Proceedings of the meeting of veterinary officers in India
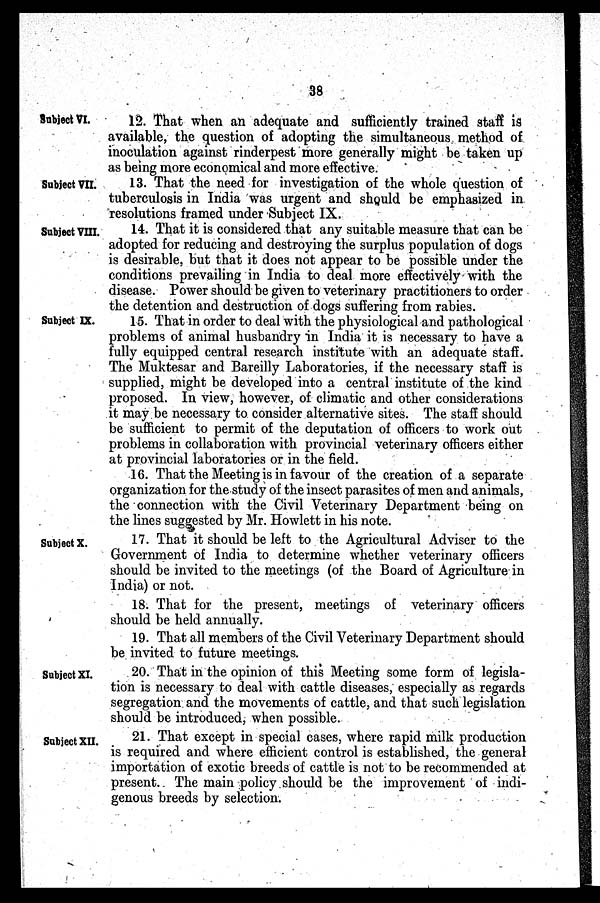
38
Subject VI.
12. That when an adequate and sufficiently trained staff is
available, the question of adopting the simultaneous method of
inoculation against rinderpest more generally might be taken up
as being more economical and more effective.
Subject VII.
13. That the need for investigation of the whole question of
tuberculosis in India was urgent and should be emphasized in
resolutions framed under Subject IX.
Subject VIII.
14. That it is considered that any suitable measure that can be
adopted for reducing and destroying the surplus population of dogs
is desirable, but that it does not appear to be possible under the
conditions prevailing in India to deal more effectively with the
disease. Power should be given to veterinary practitioners to order
the detention and destruction of dogs suffering from rabies.
Subject IX.
15. That in order to deal with the physiological and pathological
problems of animal husbandry in India it is necessary to have a
fully equipped central research institute with an adequate staff.
The Muktesar and Bareilly Laboratories, if the necessary staff is
supplied, might be developed into a central institute of the kind
proposed. In view, however, of climatic and other considerations
it may be necessary to consider alternative sites. The staff should
be sufficient to permit of the deputation of officers to work out
problems in collaboration with provincial veterinary officers either
at provincial laboratories or in the field.
16. That the Meeting is in favour of the creation of a separate
organization for the study of the insect parasites of men and animals,
the connection with the Civil Veterinary Department being on
the lines suggested by Mr. Howlett in his note.
Subject X.
17. That it should be left to the Agricultural Adviser to the
Government of India to determine whether veterinary officers
should be invited to the meetings (of the Board of Agriculture in
India) or not.
18. That for the present, meetings of veterinary officers
should be held annually.
19. That all members of the Civil Veterinary Department should
be invited to future meetings.
Subject XI.
20. That in the opinion of this Meeting some form of legisla-
tion is necessary to deal with cattle diseases, especially as regards
segregation and the movements of cattle, and that such legislation
should be introduced, when possible.
Subject XII.
21. That except in special cases, where rapid milk production
is required and where efficient control is established, the general
importation of exotic breeds of cattle is not to be recommended at
present. The main policy should be the improvement of indi-
genous breeds by selection.